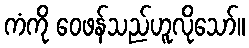
ကံကို ဝေဖန်သည်ဟူလိုသော်။